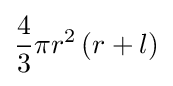
{\frac {4}{3}}\pi r^{2}\left(r+l\right)